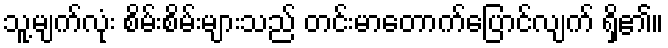
သူ့မျက်လုံး စိမ်းစိမ်းများသည် တင်းမာတောက်ပြောင်လျက် ရှိ၏။